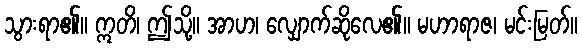
သွားရာ၏။ ဣတိ၊ ဤသို့။ အာဟ၊ လျှောက်ဆိုလေ၏။ မဟာရာဇ၊ မင်းမြတ်။